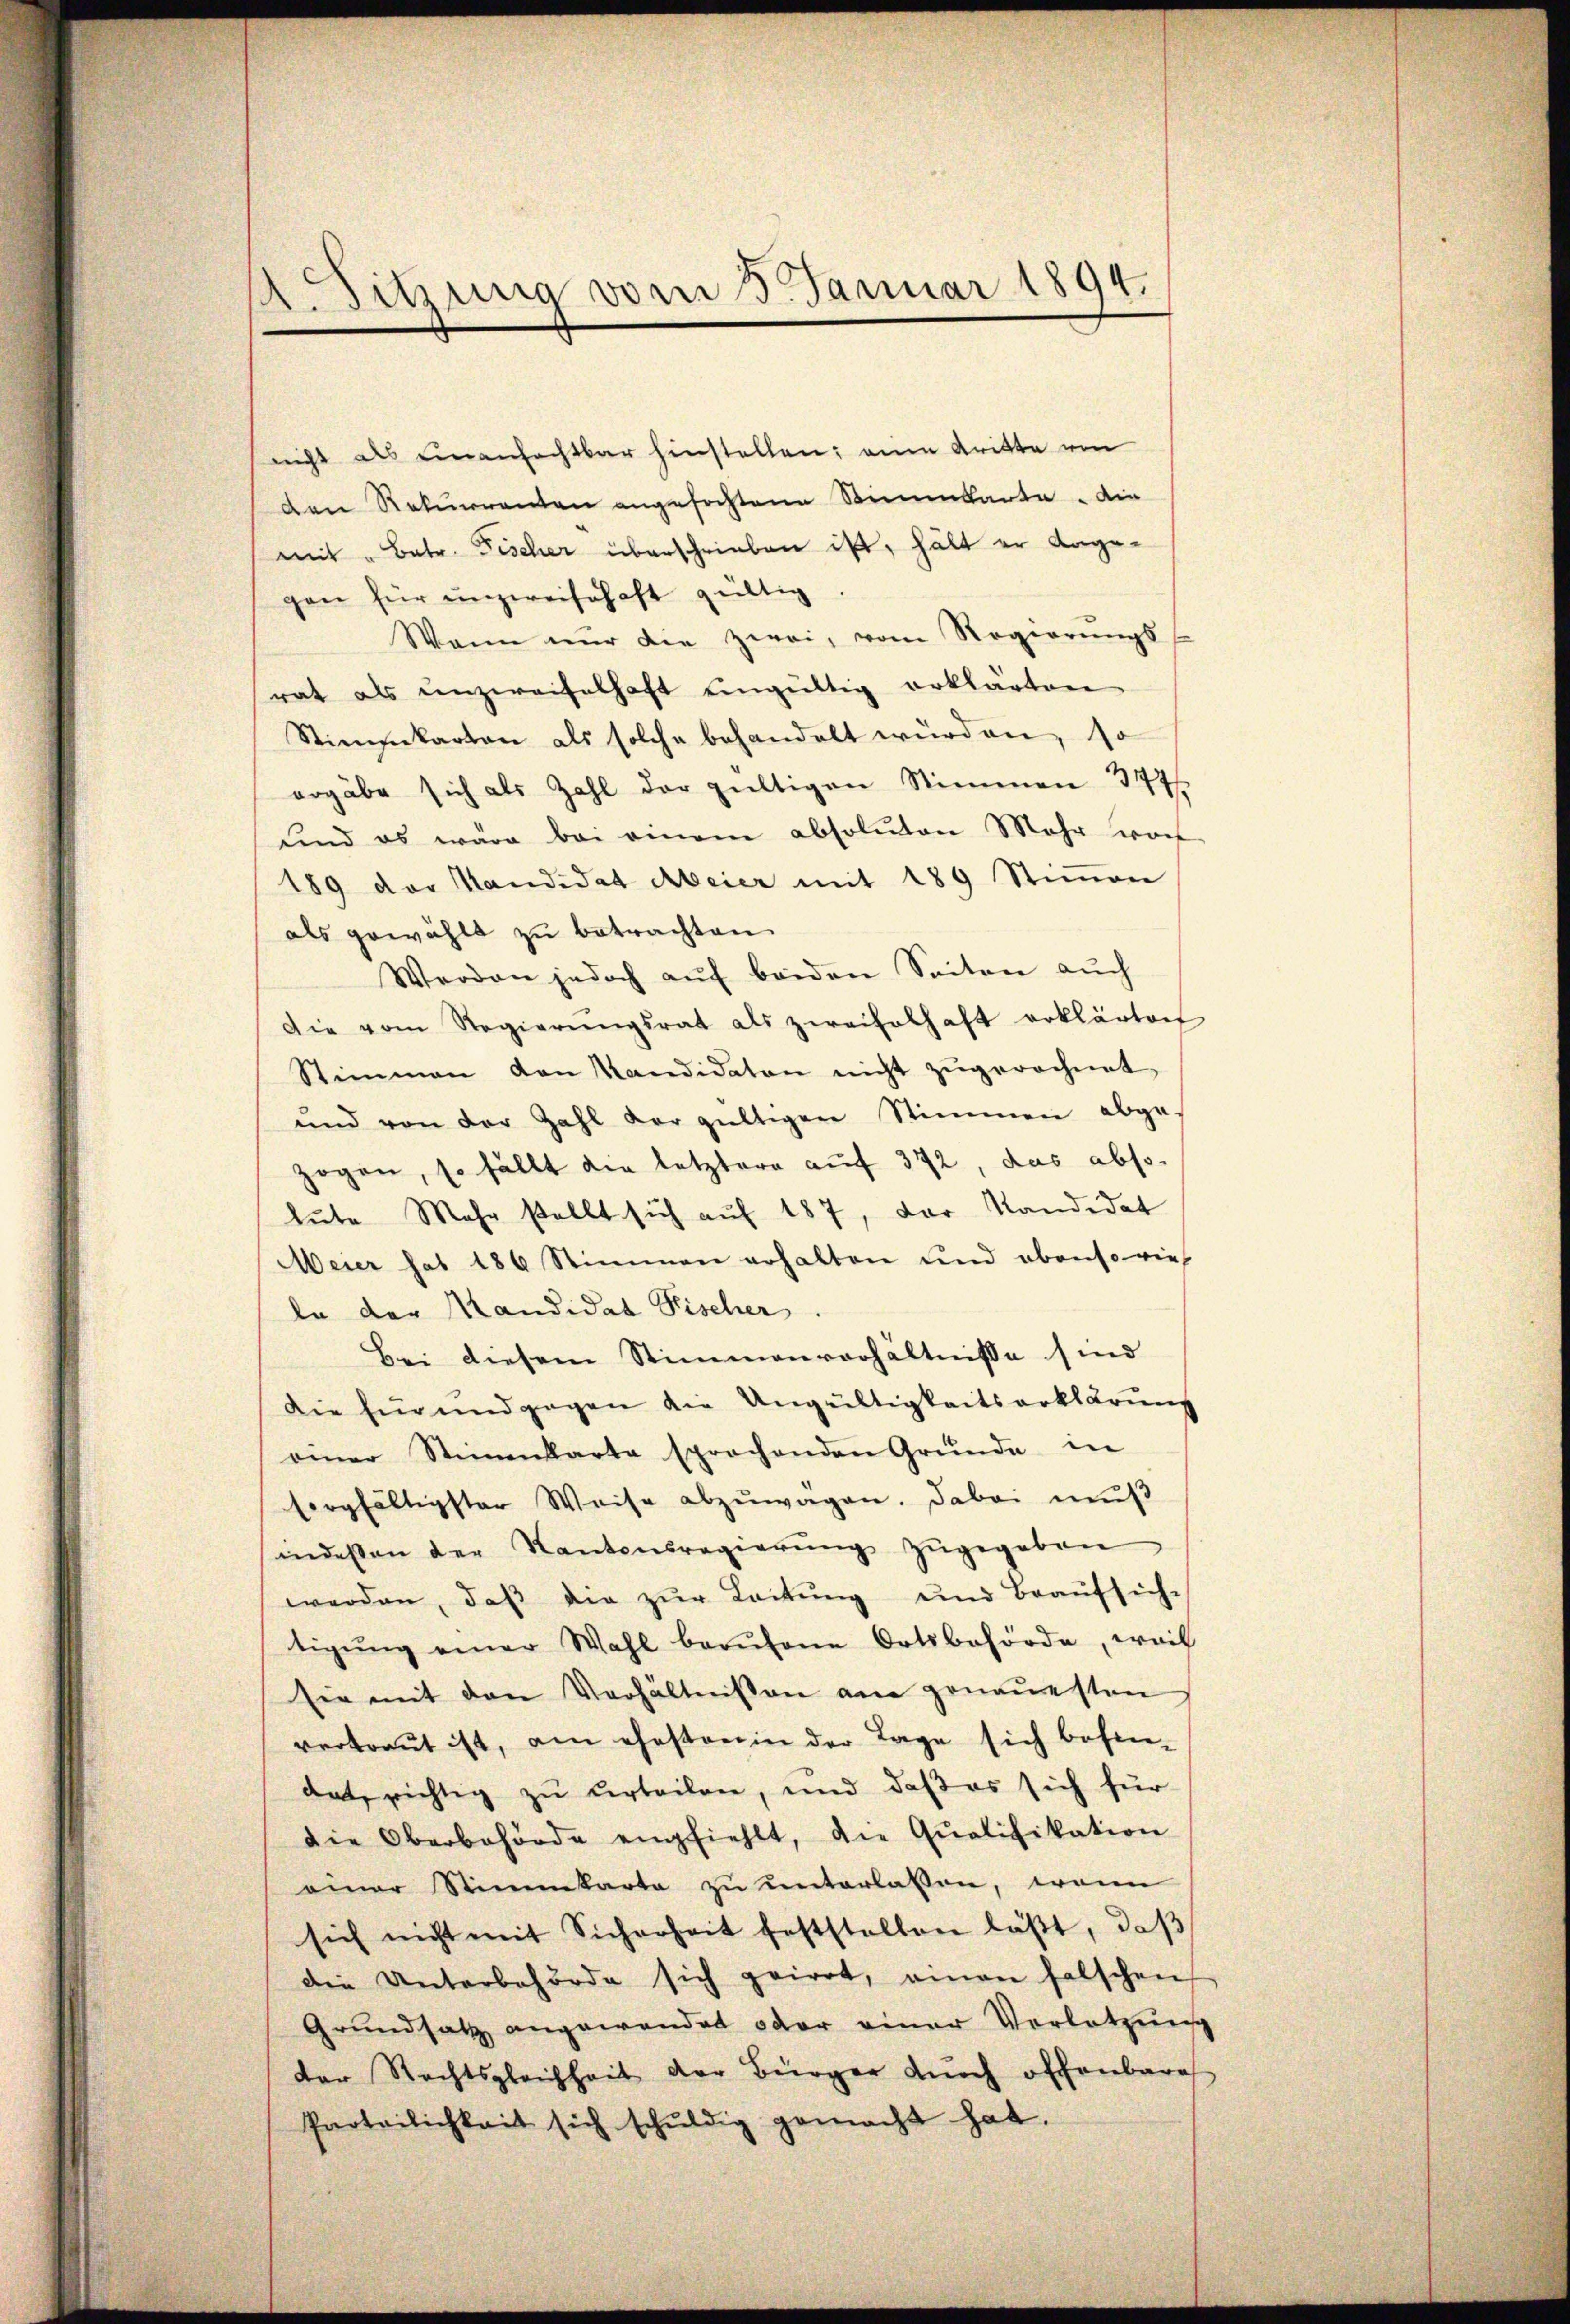
nicht als einenfachtbar hinstellen; eine tritte von
den Rekurrenten angefochtene Stimmbarte die
mit „Batr. Fischer überschrieben ist, hält er vorgegen für unzweisehaft gültig
Wann nur die zwei, vom Regierŭngs-
rat als unzweifelhaft eingültig erklärten
Stimmkarten als solche behandelt würden, so
ergäbe sich als Zahl der gültigen Stimmen 377
sind es wäre bei einem absoluten Mehr woh
189 der Handidat Meier mit 189 Stimmen
als gewählt zu betrachten.
Werden jedoch auf beiden Seiten auch
Die vom Regierŭngsrat als zweifelhaft erklärten
Stimmen den Kandidaten nicht zŭgerechnet
und von der Zahl der gültigen Stimmen abge-
zogen, so fällt die letztere auf 372, das abso
lute Mehr stellt sich auf 187, der Kandidat
Meier hat 186 Stimmen erhalten und ebenso viel
le der Mandidat Fischer
Bei diesem Stimmenverhältnisse sind
Die Errundgegen die Ungültigkeitserklärŭng
einer Stimmkarte sprachenden Gründe in
sorgfältigster Weise abzŭwagen. Dabei mŭβ
indessen der Kantonsregierŭng zŭgegeben
werden, daß die zur Leitung und Beaŭfsich-
tigŭng einer Wahl berŭfene Ortsbehörde, weil
sie mit den Verhältnissen am genauesten
vertraut ist, am ehesten in der Lage sich befrie-
dat, richtig zu urteilen, und daß es sich für
die Oberbehörde empfiehlt, die Qualifikation
einer Stimmkarta zu unterlassen, wenn
sich nicht mit Sicherheit feststellen läβt, daβ
die Unterbehörde sich geirrt, einen falschen
Grundsatz angewendet oder einer Verletzŭng
der Rechtsgleichheit der Bürger durch offenbare
Parteilichkeit sich schŭldig gemacht hat.

A. Sitzung vom 3. Januar 1894.